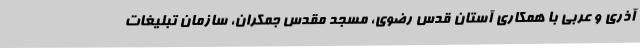
آذری و عربی با همکاری آستان قدس رضوی، مسجد مقدس جمکران، سازمان تبلیغات